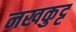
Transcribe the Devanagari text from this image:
नखकुट्ट